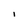
Character: l